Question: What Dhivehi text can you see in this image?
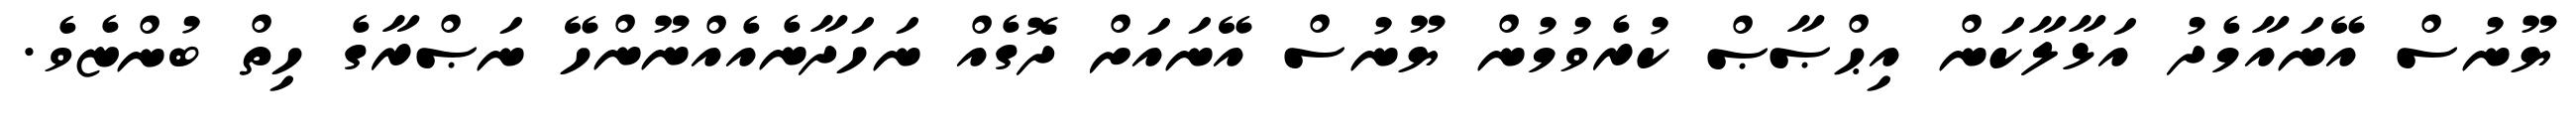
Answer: ޔޫނުސް އޭނައާމެދު އަޅާލާކަން އިޙްޞާޞް ކުރެވުމުން ޔޫނުސް އޭނައަށް ދޮގެއް ނަހަދާނެއެއްނޫންހޭ ނަޞްރާގެ ހިތް ބުންޏެވެ.